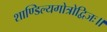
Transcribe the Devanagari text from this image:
शाण्डिल्यगोत्रोद्विजः॥